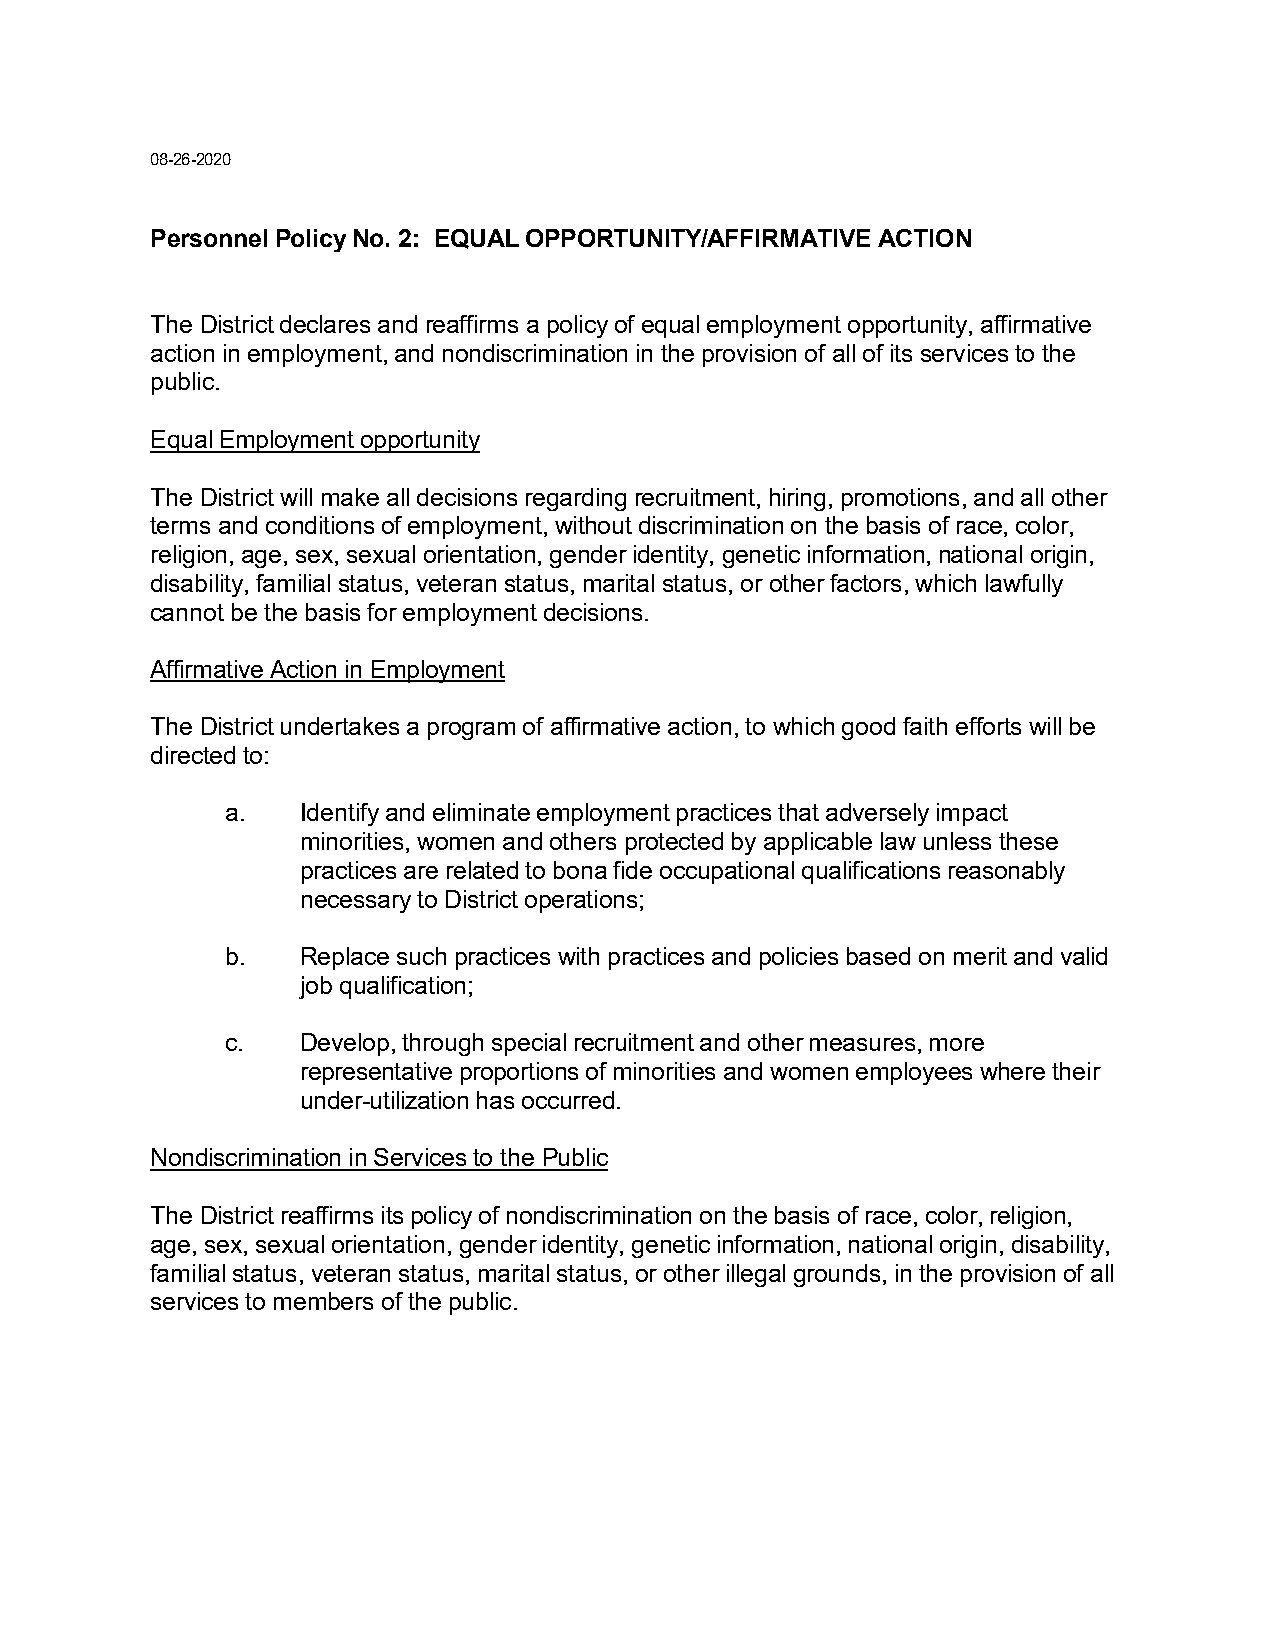
08-26-2020
 Personnel Policy No. 2: EQUAL OPPORTUNITY/AFFIRMATIVE ACTION
 The District declares and reaffirms a policy of equal employment opportunity, affirmative
 action in employment, and nondiscrimination in the provision of all of its services to the
 public.
 Equal Employment opportunity
 The District will make all decisions regarding recruitment, hiring, promotions, and all other
 terms and conditions of employment, without discrimination on the basis of race, color,
 religion, age, sex, sexual orientation, gender identity, genetic information, national origin,
 disability, familial status, veteran status, marital status, or other factors, which lawfully
 cannot be the basis for employment decisions.
 Affirmative Action in Employment
 The District undertakes a program of affirmative action, to which good faith efforts will be
 directed to:
 a.   Identify and eliminate employment practices that adversely impact
 minorities, women and others protected by applicable law unless these
 practices are related to bona fide occupational qualifications reasonably
 necessary to District operations;
 b.   Replace such practices with practices and policies based on merit and valid
 job qualification;
 c.   Develop, through special recruitment and other measures, more
 representative proportions of minorities and women employees where their
 under-utilization has occurred.
 Nondiscrimination in Services to the Public
 The District reaffirms its policy of nondiscrimination on the basis of race, color, religion,
 age, sex, sexual orientation, gender identity, genetic information, national origin, disability,
 familial status, veteran status, marital status, or other illegal grounds, in the provision of all
 services to members of the public.